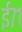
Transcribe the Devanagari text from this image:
ई७१